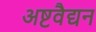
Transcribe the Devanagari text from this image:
अष्टवैद्यन